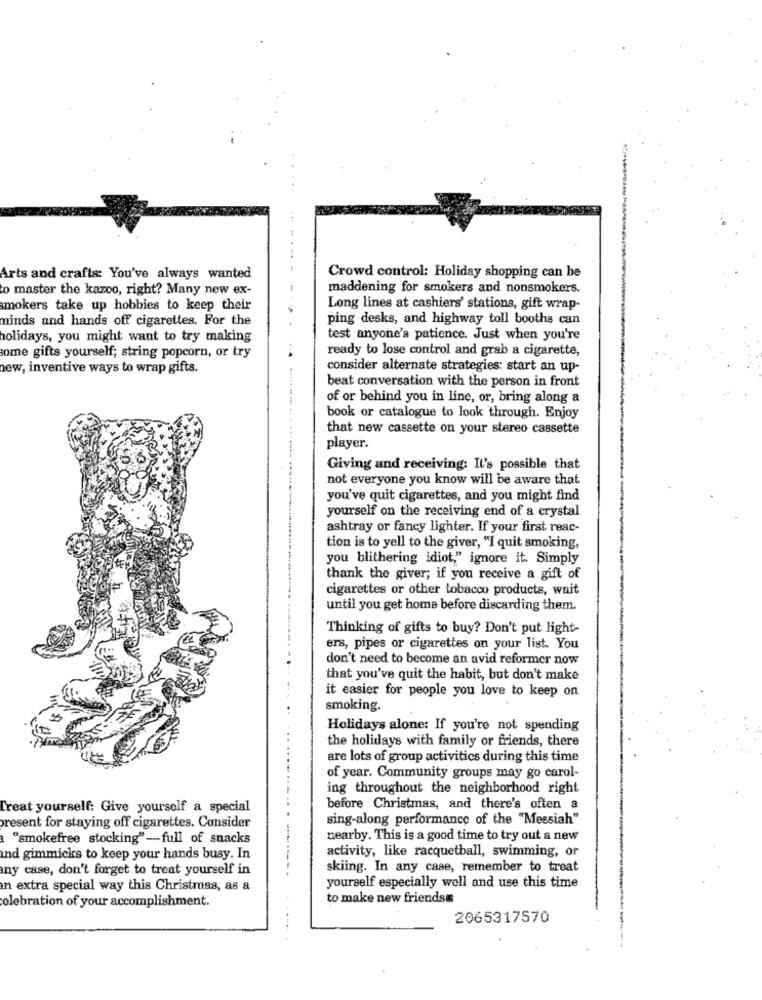
Arts and crafts: You've always wanted
Crowd control: Holiday shopping can be
to master the kazoo, right? Many new ex-
maddening for smokers and nonsmokers.
smokers take up hobbies to keep their
Long lines at cashiers' stations, gift wrap-
ninds and hands off cigarettes. For the
ping desks, and highway toll booths can
holidays, you might want to try making
test anyone's patience. Just when you're
ready to lose control and grab a cigarette,
some gifts yourself; string popcorn, or try
.- 4
new, inventive ways to wrap gifts.
consider alternate strategies: start an up-
beat conversation with the person in front
of or behind you in line, or, bring along a
book or catalogue to look through. Enjoy
that new cassette on your stereo cassette
player.
Giving and receiving: It's possible that
not everyone you know will be aware that
you've quit cigarettes, and you might find
yourself on the receiving end of a crystal
ashtray or fancy lighter. If your first reac-
tion is to yell to the giver, "I quit smoking,
you blithering idiot," ignore it. Simply
thank the giver; if you receive a gift of
cigarettes or other tobacco products, wait
until you get home before discarding them.
Thinking of gifts to buy? Don't put light-
ers, pipes or cigarettes on your list. You
don't need to become an avid reformer now
that you've quit the habit, but don't make
it easier for people you love to keep on
smoking.
Holidays alone: If you're not spending
the holidays with family or friends, there
are lots of group activities during this time
of year. Community groups may go carol-
ing throughout the neighborhood right
Treat yourself: Give yourself a special
before Christmas, and there's often a
sing-along performance of the "Messiah"
present for staying off cigarettes. Consider
"smokefree stocking" -- full of snacks
nearby. This is a good time to try out a new
activity, like racquetball, swimming, or
and gimmicks to keep your hands busy. In
any case, don't forget to treat yourself in
skiing. In any case, remember to treat
in extra special way this Christmas, as &
yourself especially well and use this time
to make new friendss
celebration of your accomplishment.
2065317570